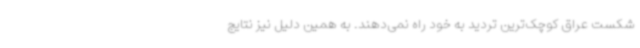
شکست عراق کوچک‌ترین تردید به خود راه نمی‌دهند. به همین دلیل نیز نتایج